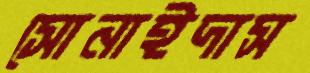
সোনাইদাস